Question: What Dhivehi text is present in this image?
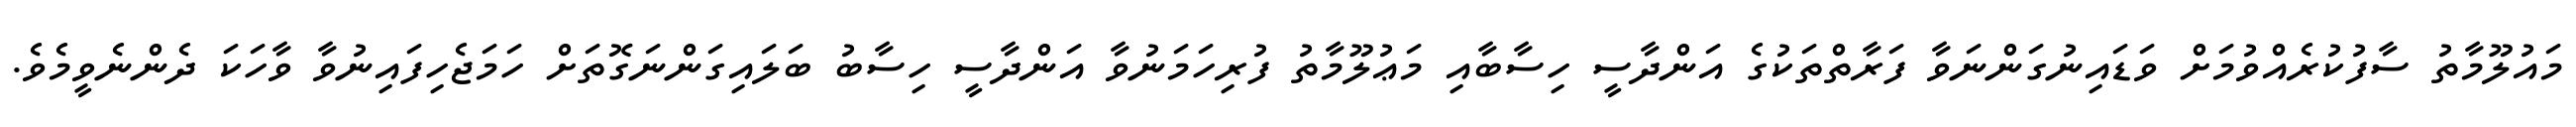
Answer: މައުލޫމާތު ސާފުކުރެއްވުމަށް ވަޑައިނުގަންނަވާ ފަރާތްތަކުގެ އަންދާސީ ހިސާބާއި މަޢުލޫމާތު ފުރިހަމަނުވާ އަންދާސީ ހިސާބު ބަލައިގަންނަގޮތަށް ހަމަޖެހިފައިނުވާ ވާހަކަ ދެންނެވީމެވެ.